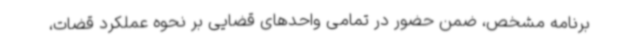
برنامه مشخص، ضمن حضور در تمامی واحدهای قضایی بر نحوه عملکرد قضات،